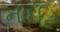
નાઈટ